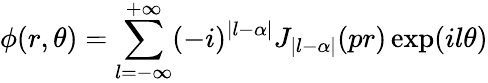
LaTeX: \phi(r,\theta)=\sum_{l=-\infty}^{+\infty}(-i)^{|l-\alpha|}J_{|l-\alpha|}(pr)\exp(il\theta)